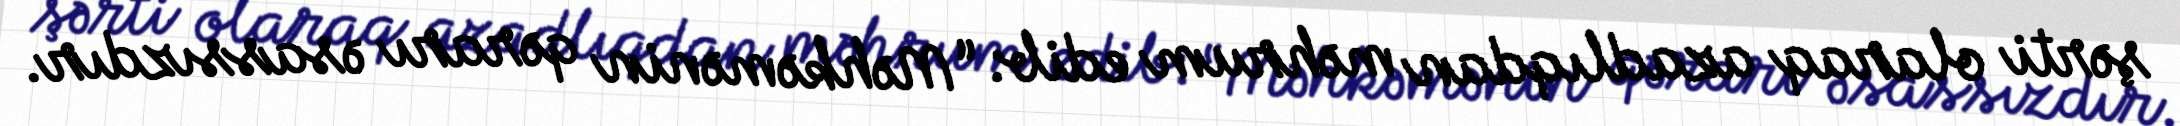
şərti olaraq azadlıqdan məhrum edib: “Məhkəmənin qərarı əsassızdır.